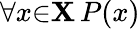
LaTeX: \forall{x}{\in}\mathbf{X}\, P(x)